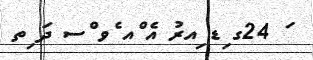
ަ 24ގ ިޑ ިއރު އެ ްއ ެވ ްސ ދަ ިތ